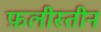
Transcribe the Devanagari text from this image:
फ़लीस्तीन